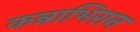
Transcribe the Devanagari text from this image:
कन्नाभिरान